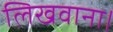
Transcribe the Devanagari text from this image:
लिखवाना।